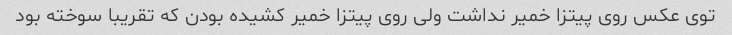
توی عکس روی پیتزا خمیر نداشت ولی روی پیتزا خمیر کشیده بودن که تقریبا سوخته بود